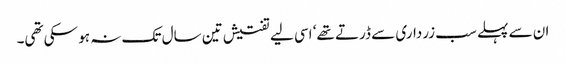
ان سے پہلے سب زرداری سے ڈرتے تھے‘ اسی لیے تفتیش تین سال تک نہ ہو سکی تھی۔